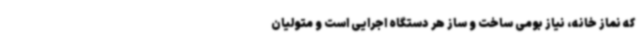
که نماز خانه، نیاز بومی ساخت و ساز هر دستگاه اجرایی است و متولیان